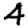
Digit: 4